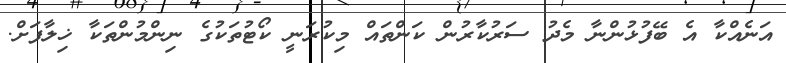
އަނެއްކާ އެ ބޭފުޅުންނާ މެދު ސަރުކާރުން ކަންތައް މިކުރަނީ ކޯޓުތަކުގެ ނިންމުންތަކާ ޚިލާފަށް.